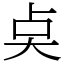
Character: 奌